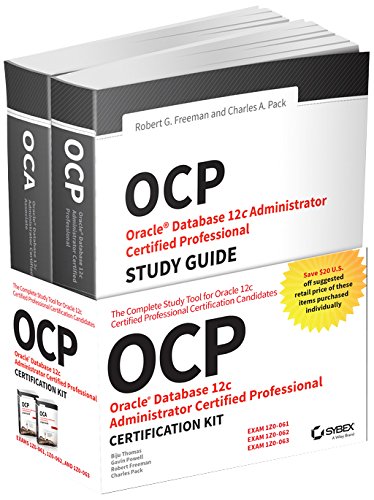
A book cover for OCP Oracle Certified Professional on Oracle 12c Certification Kit; Biju Thomas; Computers & Technology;